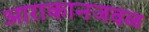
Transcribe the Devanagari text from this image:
आराकानजवळ